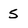
Character: 5